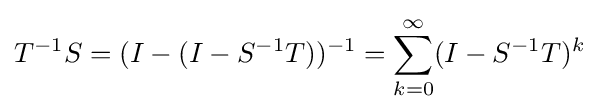
T^{-1}S=(I-(I-S^{-1}T))^{-1}=\sum _{k=0}^{\infty }(I-S^{-1}T)^{k}